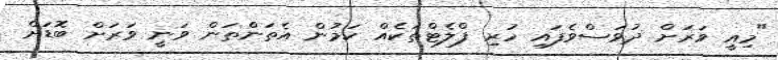
"މިއީ ވަރަށް ދުވަސްވެފައި ހުރި ފްލެޓްތަކެއް ކަމުން އެތަންތަން ވަނީ ވަރަށް ބޮޑަށް